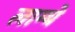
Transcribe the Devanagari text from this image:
लाम्बे